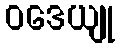
ဝဒေယျု